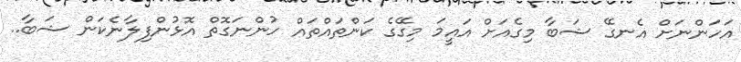
އަހަންނަށް އެނގޭ ޝަބާ މިގެއަށް އައީމަ މިގޭގެ ކަންތައްތައް ހުންނަގޮތް އޮޅުންފިލާނެކަން ޝަބާ..